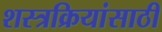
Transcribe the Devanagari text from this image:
शस्त्रक्रियांसाठी